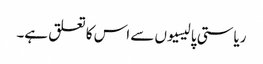
ریاستی پالیسیوں سے اس کا تعلق ہے۔